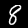
Digit: 8